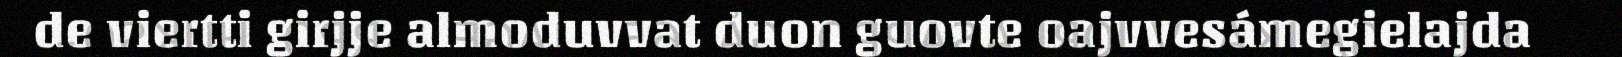
de viertti girjje almoduvvat duon guovte oajvvesámegielajda